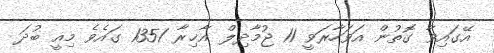
އޭގައިވާ ގޮތުން އަވަހާރަވީ 11 ޖުމާދިލް އާޚިރާ 1351 ގައެވެ މިއީ ބުދަ